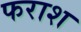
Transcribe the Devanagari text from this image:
फराश